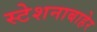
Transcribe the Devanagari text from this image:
स्टेशनाबाहेर